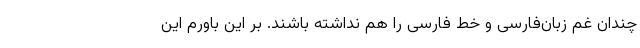
چندان غم زبان‌فارسی و خط فارسی را هم نداشته باشند. بر این باورم این